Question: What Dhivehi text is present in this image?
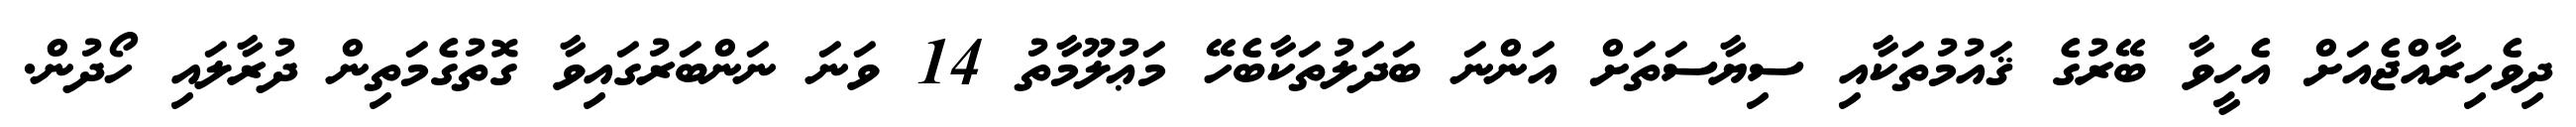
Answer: ދިވެހިރާއްޖެއަށް އެހީވާ ބޭރުގެ ޤައުމުތަކާއި ސިޔާސަތަށް އަންނަ ބަދަލުތަކާބެހޭ މަޢުލޫމާތު 14 ވަނަ ނަންބަރުގައިވާ ގޮތުގެމަތިން ދުރާލައި ހޯދުން.